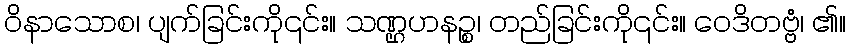
ဝိနာသောစ၊ ပျက်ခြင်းကို၎င်း။ သဏ္ဌဟနဉ္စ၊ တည်ခြင်းကို၎င်း။ ဝေဒိတဗ္ဗံ၊ ၏။